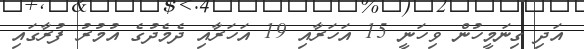
އަދި ގިނަމީހުން ވިހަނީ 15 އަަހަރާއި 19 އަހަރާއި ދެމެދުގެ އުމުރު ފުރާގައި